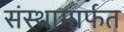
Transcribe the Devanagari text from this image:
संस्थामार्फत